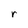
Character: r